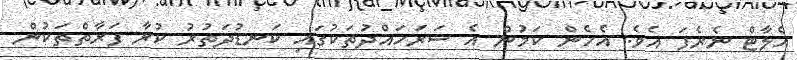
އެލާޓް ނެރެފަ އެވެ. އެހެން ކަމުން އެ ސަރަހައްދުތަކުގައި ކަނޑުދަތުރު ކުރާ ފަރާތްތަކުން